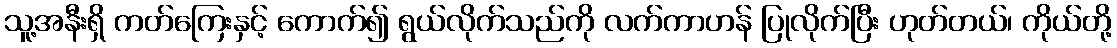
သူ့အနီးရှိ ကတ်ကြေးနှင့် ကောက်၍ ရွယ်လိုက်သည်ကို လက်ကာဟန် ပြုလိုက်ပြီး ဟုတ်တယ်၊ ကိုယ်တို့